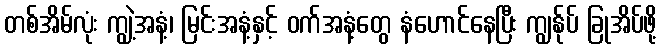
တစ်အိမ်လုံး ကျွဲ့အနံ့၊ မြင်းအနံ့နှင့် ဝက်အနံ့တွေ နံဟောင်နေပြီး ကျွန်ုပ် ခြုအိပ်ဖို့